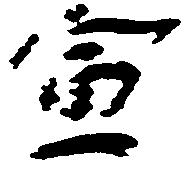
宣